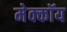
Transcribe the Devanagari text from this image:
मेक्कॉय